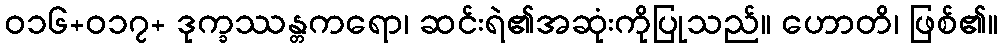
ဝ၁၆+၀၁၇+ ဒုက္ခဿန္တကရော၊ ဆင်းရဲ၏အဆုံးကိုပြုသည်။ ဟောတိ၊ ဖြစ်၏။